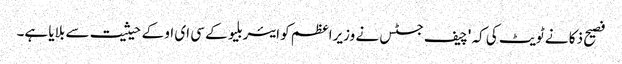
فصیح ذکا نے ٹویٹ کی کہ 'چیف جسٹس نے وزیراعظم کو ایئربلیو کے سی ای او کے حیثیت سے بلایا ہے۔